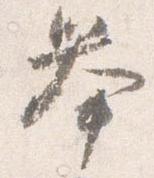
挙